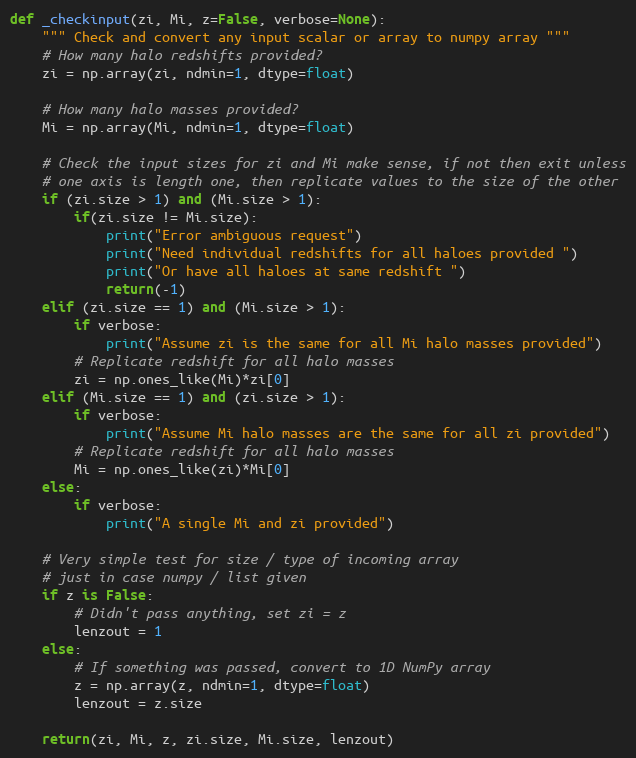
Language: Python
def _checkinput(zi, Mi, z=False, verbose=None):
    """ Check and convert any input scalar or array to numpy array """
    # How many halo redshifts provided?
    zi = np.array(zi, ndmin=1, dtype=float)

    # How many halo masses provided?
    Mi = np.array(Mi, ndmin=1, dtype=float)

    # Check the input sizes for zi and Mi make sense, if not then exit unless
    # one axis is length one, then replicate values to the size of the other
    if (zi.size > 1) and (Mi.size > 1):
        if(zi.size != Mi.size):
            print("Error ambiguous request")
            print("Need individual redshifts for all haloes provided ")
            print("Or have all haloes at same redshift ")
            return(-1)
    elif (zi.size == 1) and (Mi.size > 1):
        if verbose:
            print("Assume zi is the same for all Mi halo masses provided")
        # Replicate redshift for all halo masses
        zi = np.ones_like(Mi)*zi[0]
    elif (Mi.size == 1) and (zi.size > 1):
        if verbose:
            print("Assume Mi halo masses are the same for all zi provided")
        # Replicate redshift for all halo masses
        Mi = np.ones_like(zi)*Mi[0]
    else:
        if verbose:
            print("A single Mi and zi provided")

    # Very simple test for size / type of incoming array
    # just in case numpy / list given
    if z is False:
        # Didn't pass anything, set zi = z
        lenzout = 1
    else:
        # If something was passed, convert to 1D NumPy array
        z = np.array(z, ndmin=1, dtype=float)
        lenzout = z.size

    return(zi, Mi, z, zi.size, Mi.size, lenzout)